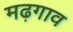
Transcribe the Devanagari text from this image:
मढ़गाव